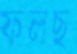
ফলছ